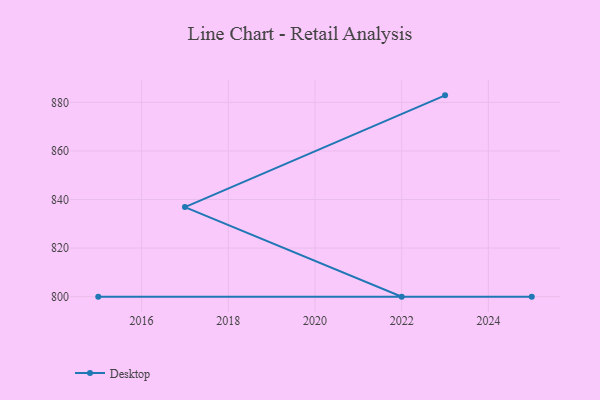
{"axis": {"x": "Year", "y": "Operating Costs (USD K)"}, "legend": ["Desktop"], "data": [{"x": "2023", "y": 882.9, "type": "Desktop"}, {"x": "2017", "y": 836.9, "type": "Desktop"}, {"x": "2022", "y": 800, "type": "Desktop"}, {"x": "2025", "y": 800, "type": "Desktop"}, {"x": "2015", "y": 800, "type": "Desktop"}]}